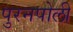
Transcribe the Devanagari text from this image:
पुरनपोली